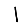
Digit: 1